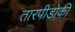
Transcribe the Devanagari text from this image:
तारपीडोकी